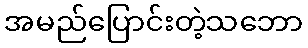
အမည်ပြောင်းတဲ့သဘော